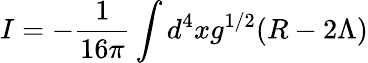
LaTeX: I=-{\frac{1}{16\pi}}\int d^{4}xg^{1/2}(R-2\Lambda)